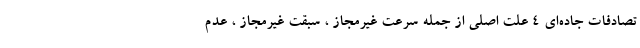
تصادفات جاده‌ای ۴ علت اصلی از جمله سرعت غیرمجاز ، سبقت غیرمجاز ، عدم